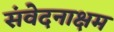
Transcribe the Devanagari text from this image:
संवेदनाक्षम